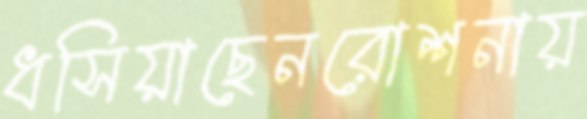
ধসিয়াছেনরোশনায়